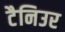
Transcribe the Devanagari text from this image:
टैनिउर